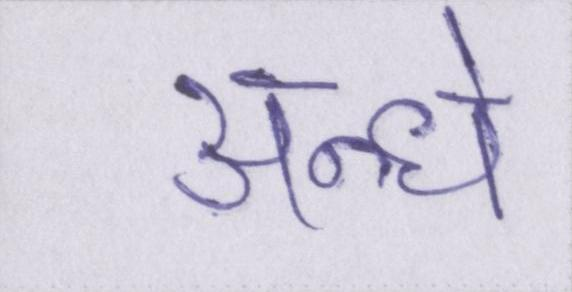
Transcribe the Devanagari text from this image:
अन्धे